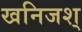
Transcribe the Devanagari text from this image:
खनिजश्